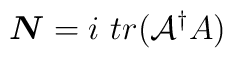
\mbox{\boldmath$N$}=i~tr({\cal{A}}^\dag A)